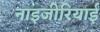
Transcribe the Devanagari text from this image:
नाइजीरियाईं